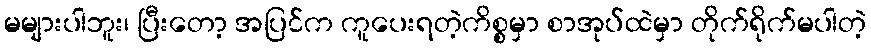
မများပါဘူး၊ ပြီးတော့ အပြင်က ကူပေးရတဲ့ကိစ္စမှာ စာအုပ်ထဲမှာ တိုက်ရိုက်မပါတဲ့